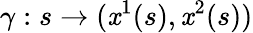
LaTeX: \gamma:s\rightarrow(\mathit{x}^{1}(s),\mathit{x}^{2}(s))